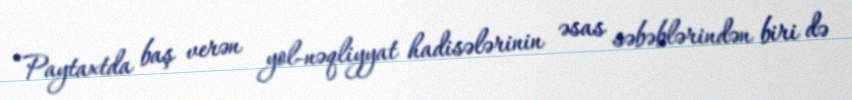
“Paytaxtda baş verən yol-nəqliyyat hadisələrinin əsas səbəblərindən biri də